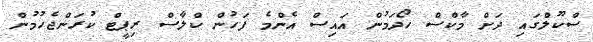
ސްކޫލްގައި ދަށް މާކްސް ހޯދަމުން އައިސް އެންމެ ފަހުން ކްލާސް ރިޕީޓް ކުރަންޖެހުމުން